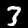
Label: 3